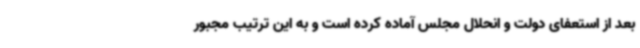
بعد از استعفای دولت و انحلال مجلس آماده کرده است و به این ترتیب مجبور